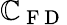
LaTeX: \mathbb{C}_{\mathrm{{~F~D~}}}